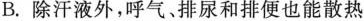
B.除汗液外，呼气、排尿和排便也能散热